Epidemic dropsy in Calcutta - Number 49
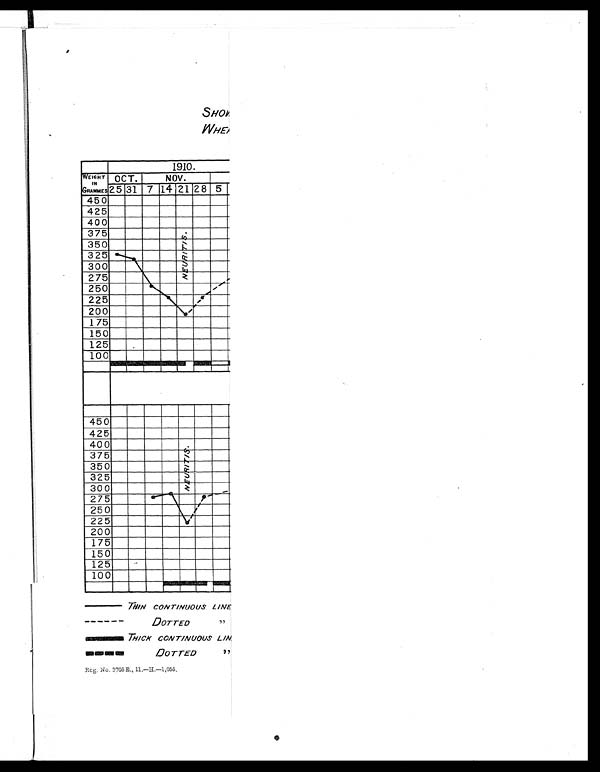
SHO
W
W H E A
THIN CONTINUOUS LINE
DOTTED
,,
THICK CONT/NUOUS LINE
DOTTED
,,
Reg No. 3705 E., 11.—H.—1,055,